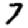
Digit: 7